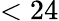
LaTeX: <24